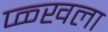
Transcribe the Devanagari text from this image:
प्ळ्खला